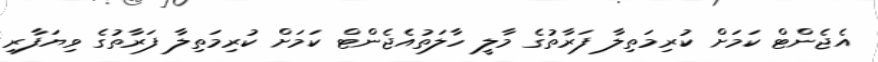
އެޖެންޓް ކަމަށް ކުރިމަތިލާ ފަރާތުގެ މާލީ ހާލަތުއެޖެންޓް ކަމަށް ކުރިމަތިލާ ފަރާތުގެ ވިޔަފާރި